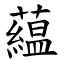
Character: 藴